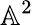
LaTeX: \mathbb{A}^{2}